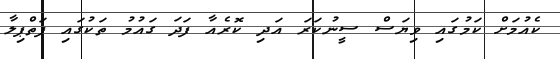
ކެއުމަށް ކަމުގައި ވިޔަސް ސީނުކަރަ އަދި ކޮރެއާ ފަދަ ގައުމު ތަކުގައި ފަތްޕިލާ